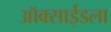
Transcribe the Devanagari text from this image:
ऑक्साईडला